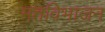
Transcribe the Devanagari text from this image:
मतविभाजन